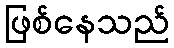
ဖြစ်နေသည်